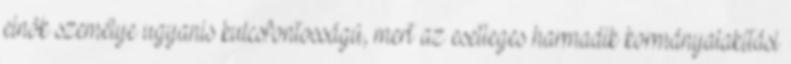
elnök személye ugyanis kulcsfontosságú, mert az esetleges harmadik kormányalakítási